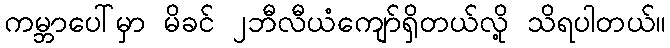
ကမ္ဘာပေါ်မှာ မိခင် ၂ဘီလီယံကျော်ရှိတယ်လို့ သိရပါတယ်။